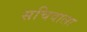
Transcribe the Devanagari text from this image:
सचिवाला